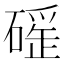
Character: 𥕬